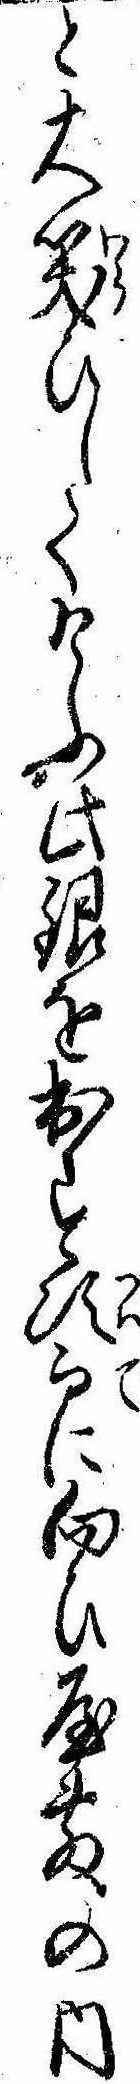
と大笑ひしてけふ此銀を出す次而に向ひ屋敷の内